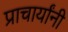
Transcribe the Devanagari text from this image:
प्राचार्यांनी